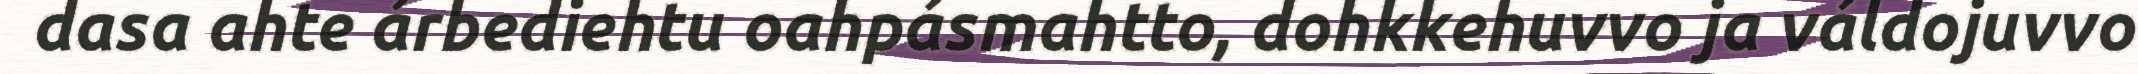
dasa ahte árbediehtu oahpásmahtto, dohkkehuvvo ja váldojuvvo